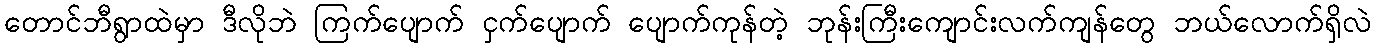
တောင်ဘီရွာထဲမှာ ဒီလိုဘဲ ကြက်ပျောက် ငှက်ပျောက် ပျောက်ကုန်တဲ့ ဘုန်းကြီးကျောင်းလက်ကျန်တွေ ဘယ်လောက်ရှိလဲ